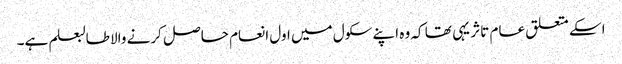
اسکے متعلق عام تاثر یہی تھا کہ وہ اپنے سکول میں اول انعام حاصل کرنے والا طالبعلم ہے۔